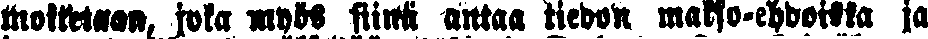
moitetaan, joka myös siinä antaa tiedon makso-ehdoista ja